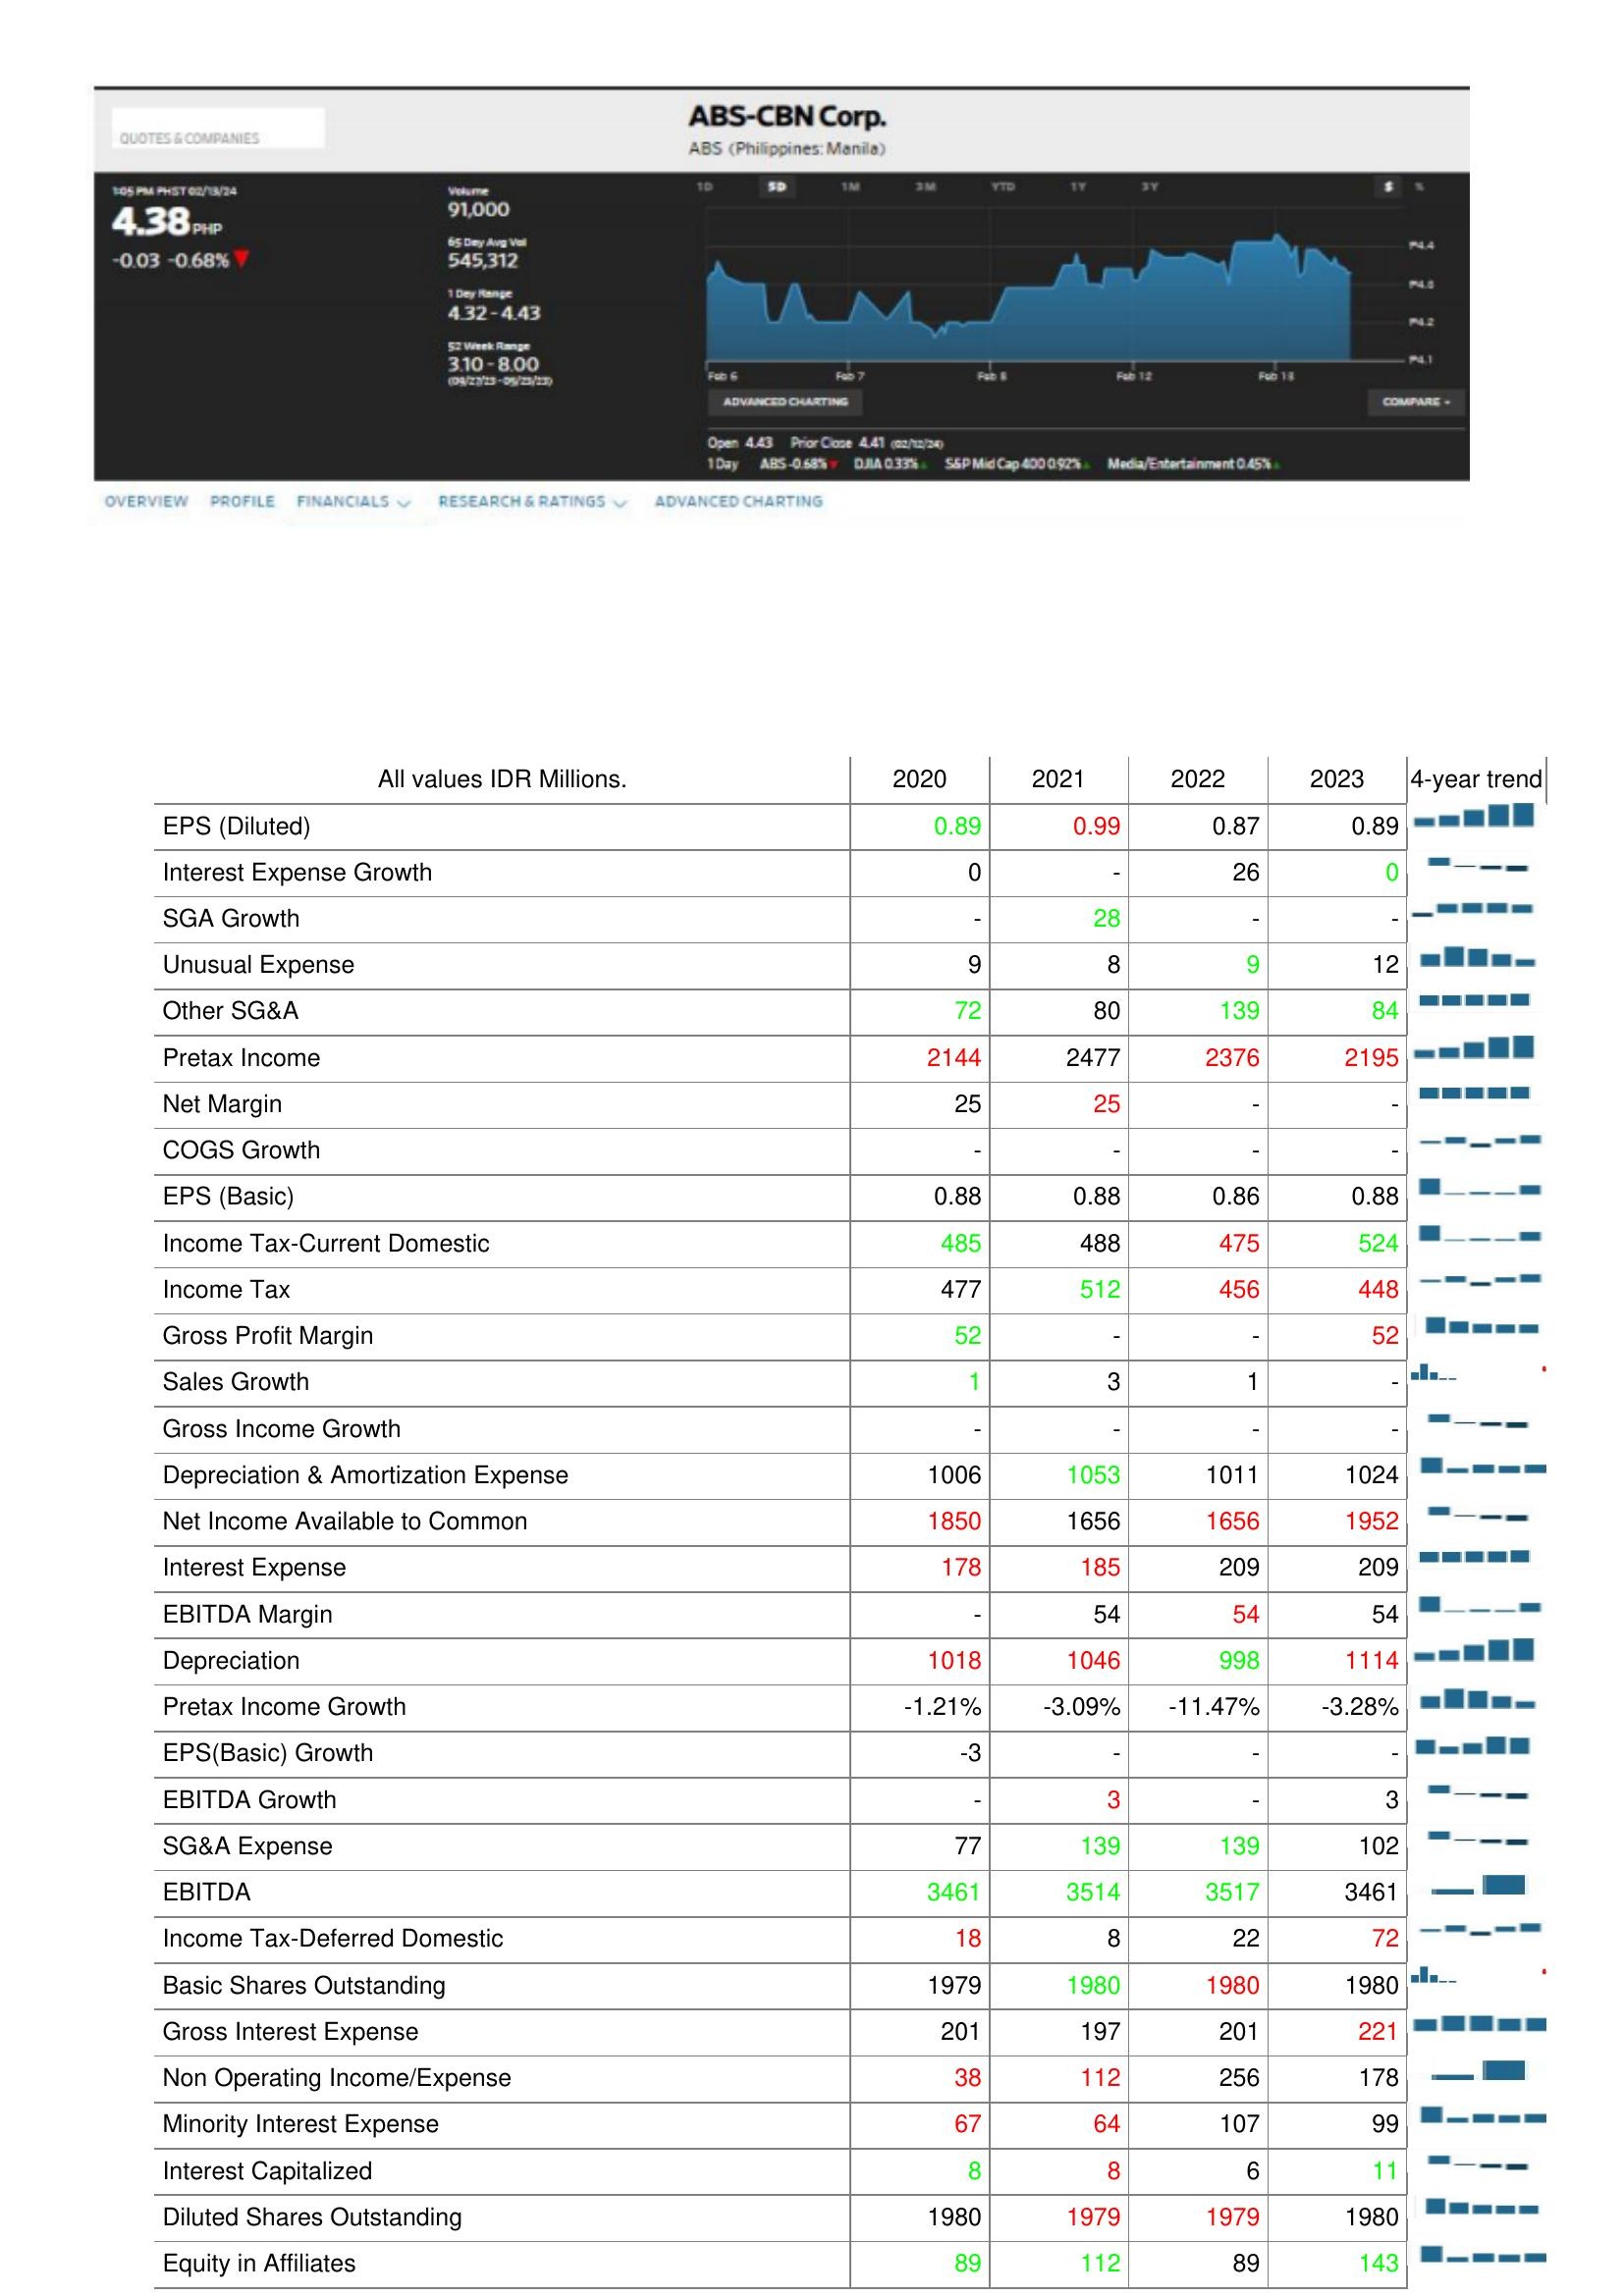
2020: : EPS (Diluted): 0.89
Interest Expense Growth: 0
SGA Growth: -
Unusual Expense: 9
Other SG&A: 72
Pretax Income: 2144
Net Margin: 25
COGS Growth: -
EPS (Basic): 0.88
Income Tax-Current Domestic: 485
Income Tax: 477
Gross Profit Margin: 52
Sales Growth: 1
Gross Income Growth: -
Depreciation & Amortization Expense: 1006
Net Income Available to Common: 1850
Interest Expense: 178
EBITDA Margin: -
Depreciation: 1018
Pretax Income Growth: -1.21%
EPS(Basic) Growth: -3
EBITDA Growth: -
SG&A Expense: 77
EBITDA: 3461
Income Tax-Deferred Domestic: 18
Basic Shares Outstanding: 1979
Gross Interest Expense: 201
Non Operating Income/Expense: 38
Minority Interest Expense: 67
Interest Capitalized: 8
Diluted Shares Outstanding: 1980
Equity in Affiliates: 89
2021: : EPS (Diluted): 0.99
Interest Expense Growth: -
SGA Growth: 28
Unusual Expense: 8
Other SG&A: 80
Pretax Income: 2477
Net Margin: 25
COGS Growth: -
EPS (Basic): 0.88
Income Tax-Current Domestic: 488
Income Tax: 512
Gross Profit Margin: -
Sales Growth: 3
Gross Income Growth: -
Depreciation & Amortization Expense: 1053
Net Income Available to Common: 1656
Interest Expense: 185
EBITDA Margin: 54
Depreciation: 1046
Pretax Income Growth: -3.09%
EPS(Basic) Growth: -
EBITDA Growth: 3
SG&A Expense: 139
EBITDA: 3514
Income Tax-Deferred Domestic: 8
Basic Shares Outstanding: 1980
Gross Interest Expense: 197
Non Operating Income/Expense: 112
Minority Interest Expense: 64
Interest Capitalized: 8
Diluted Shares Outstanding: 1979
Equity in Affiliates: 112
2022: : EPS (Diluted): 0.87
Interest Expense Growth: 26
SGA Growth: -
Unusual Expense: 9
Other SG&A: 139
Pretax Income: 2376
Net Margin: -
COGS Growth: -
EPS (Basic): 0.86
Income Tax-Current Domestic: 475
Income Tax: 456
Gross Profit Margin: -
Sales Growth: 1
Gross Income Growth: -
Depreciation & Amortization Expense: 1011
Net Income Available to Common: 1656
Interest Expense: 209
EBITDA Margin: 54
Depreciation: 998
Pretax Income Growth: -11.47%
EPS(Basic) Growth: -
EBITDA Growth: -
SG&A Expense: 139
EBITDA: 3517
Income Tax-Deferred Domestic: 22
Basic Shares Outstanding: 1980
Gross Interest Expense: 201
Non Operating Income/Expense: 256
Minority Interest Expense: 107
Interest Capitalized: 6
Diluted Shares Outstanding: 1979
Equity in Affiliates: 89
2023: : EPS (Diluted): 0.89
Interest Expense Growth: 0
SGA Growth: -
Unusual Expense: 12
Other SG&A: 84
Pretax Income: 2195
Net Margin: -
COGS Growth: -
EPS (Basic): 0.88
Income Tax-Current Domestic: 524
Income Tax: 448
Gross Profit Margin: 52
Sales Growth: -
Gross Income Growth: -
Depreciation & Amortization Expense: 1024
Net Income Available to Common: 1952
Interest Expense: 209
EBITDA Margin: 54
Depreciation: 1114
Pretax Income Growth: -3.28%
EPS(Basic) Growth: -
EBITDA Growth: 3
SG&A Expense: 102
EBITDA: 3461
Income Tax-Deferred Domestic: 72
Basic Shares Outstanding: 1980
Gross Interest Expense: 221
Non Operating Income/Expense: 178
Minority Interest Expense: 99
Interest Capitalized: 11
Diluted Shares Outstanding: 1980
Equity in Affiliates: 143